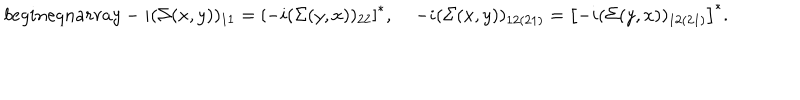
b e g i n { e q n a r r a y } - i ( \Sigma ( x , y ) ) _ { 1 1 } = \left[ - i ( \Sigma ( y , x ) ) _ { 2 2 } \right] ^ { * } , \; - i ( \Sigma ( x , y ) ) _ { 1 2 ( 2 1 ) } = \left[ - i ( \Sigma ( y , x ) ) _ { 1 2 ( 2 1 ) } \right] ^ { * } .